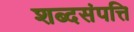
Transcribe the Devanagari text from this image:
शब्दसंपत्ति